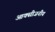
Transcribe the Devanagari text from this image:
आक्सीजनीय